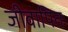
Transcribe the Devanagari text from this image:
जीवापितः